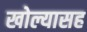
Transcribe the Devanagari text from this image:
खोल्यासह